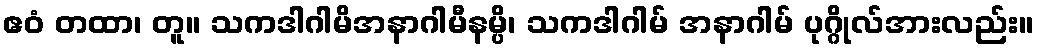
ဧဝံ တထာ၊ တူ။ သကဒါဂါမိအနာဂါမီနမ္ပိ၊ သကဒါဂါမ် အနာဂါမ် ပုဂ္ဂိုလ်အားလည်း။